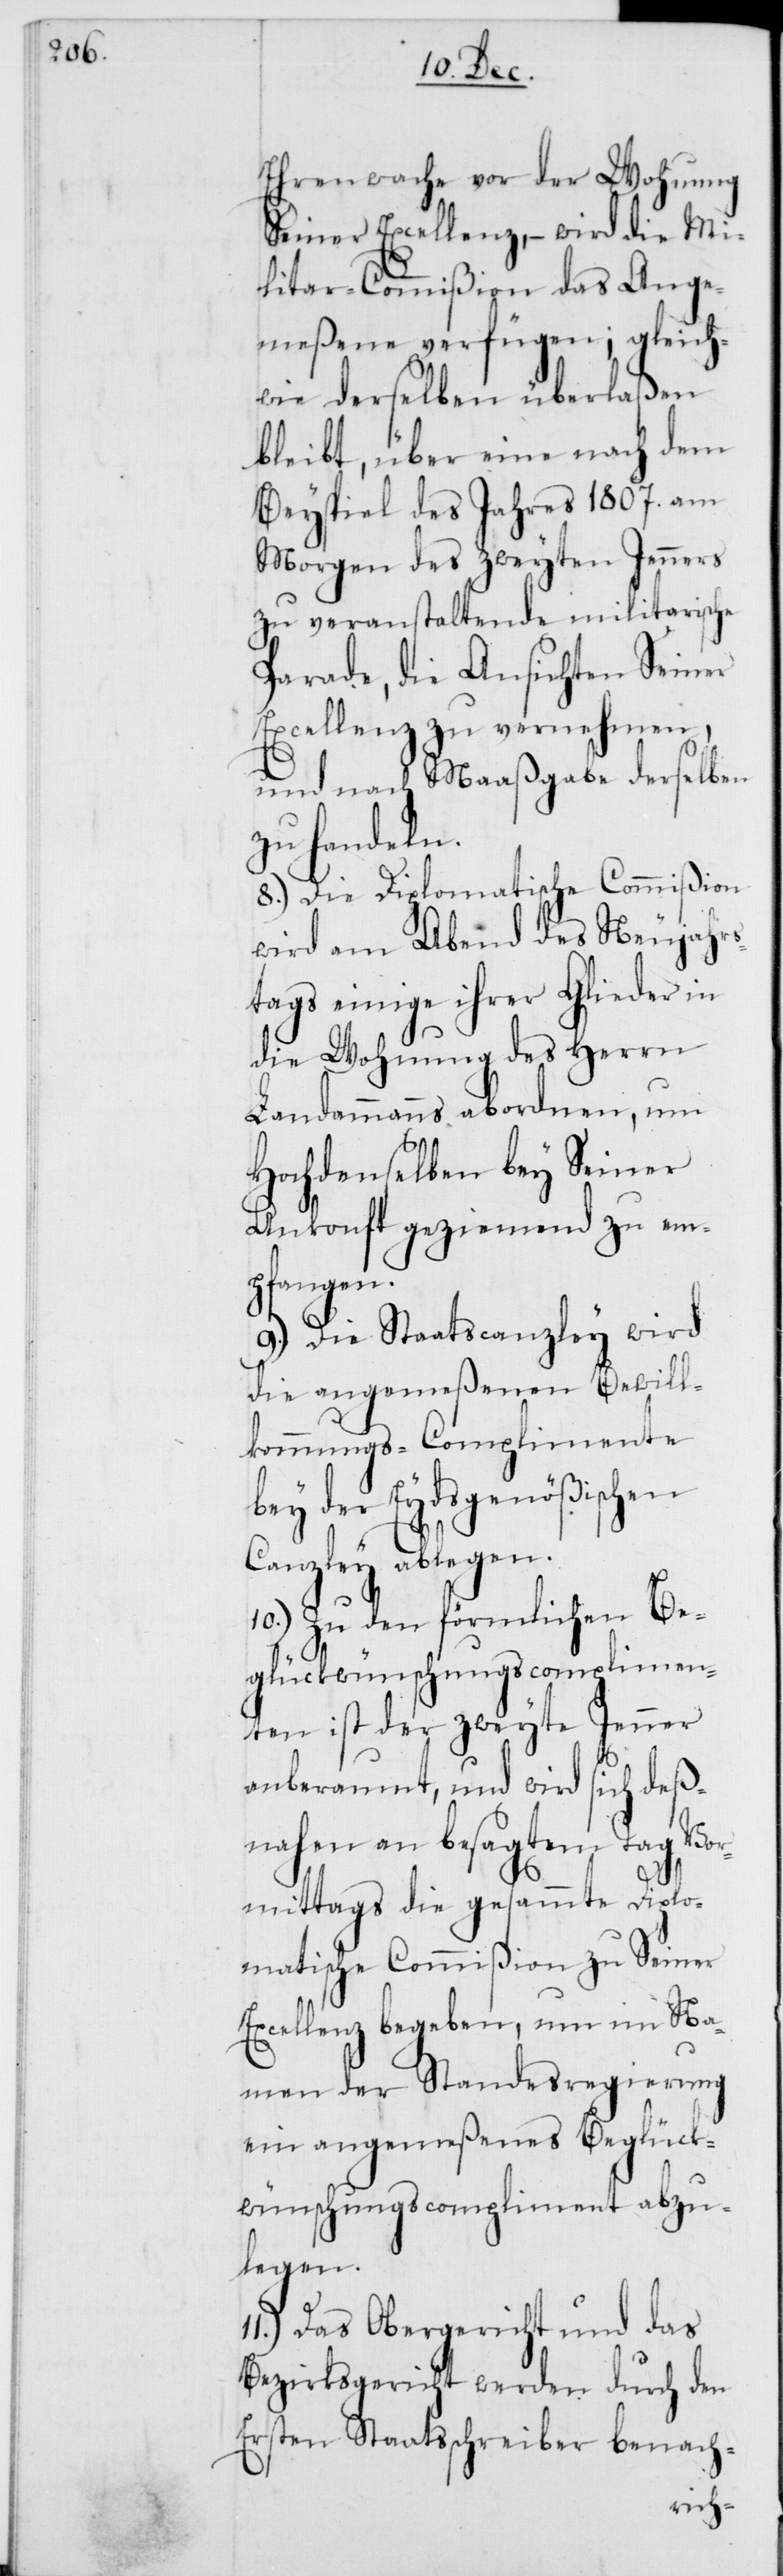
Ehrenwache vor der Wohnung
Seiner Excellenz, – wird die Mi¬
litar-Commißion das Ange¬
meßene verfügen; gleich¬
wie derselben überlaßen
bleibt, über eine nach dem
Beyspiel des Jahres 1807. am
Morgen des zweyten Jenners
zu veranstaltende militairische
Parade, die Ansichten Seiner
Excellenz zu vernehmen,
und nach Maaßgabe derselben
zu handeln.
8.) Die Diplomatische Commißion
wird am Abend des Neujahrs¬
tags einige ihrer Glieder in
die Wohnung des Herrn
Landammanns abordnen, um
Hochdenselben bey Seiner
Ankonft geziemend zu em¬
pfangen.
9.) Die Staatscanzley wird
die angemeßenen Bewill¬
kommungs-Complimente
bey der Eydsgenößischen
Canzley ablegen.
10.) Zu den förmlichen Be¬
glückwünschungscomplimen¬
ten ist der zweyte Jenner
anberaumt, und wird sich deß¬
nahen an besagtem Tag Vor¬
mittags die gesammte Diplo¬
matische Commißion zu Seiner
Excellenz begeben, um im Na¬
men der Standesregierung
ein angemeßenes Beglück¬
wünschungscompliment abzu¬
legen.
11.) Das Obergericht und das
Bezirksgericht werden durch den
Ersten Staatsschreiber benach-